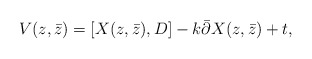
\begin{align*}V(z,\bar{z})=[X(z,\bar{z}),D]-k\bar{\partial}X(z,\bar{z})+t,\end{align*}